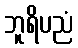
ဘူရိပညံ